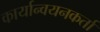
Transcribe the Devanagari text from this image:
कार्यान्वयनकर्ता